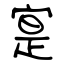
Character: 寔